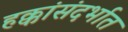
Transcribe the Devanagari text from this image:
हक्कांसंदर्भात